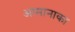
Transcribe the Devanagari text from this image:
आमानाका